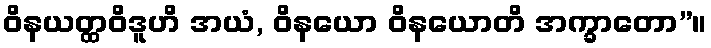
ဝိနယတ္ထဝိဒူဟိ အယံ, ဝိနယော ဝိနယောတိ အက္ခာတော”။